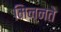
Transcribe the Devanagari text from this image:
मिन्नते